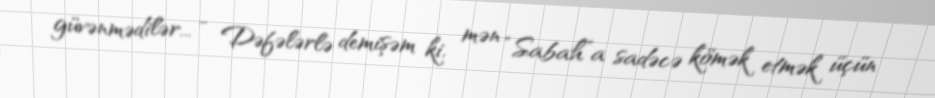
güvənmədilər... - Dəfələrlə demişəm ki, mən “Sabah”a sadəcə kömək etmək üçün